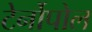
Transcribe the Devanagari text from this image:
टेर्नोपोल